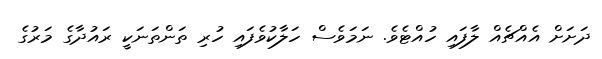
ދަށަށް އެއްޗެއް ލާފައި ހުއްޓެވެ. ނަމަވެސް ހަލާކުވެފައި ހުރި ތަންތަނަކީ ރައުދާގެ މަރުގެ